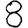
Digit: 8